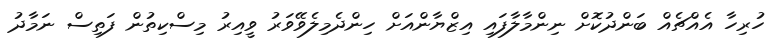
ހުރިހާ އެއްޗެއް ބަންދުކޮށް ނިންމާލާފައި އިޒްޔާންއަށް ހިންދެމިލެވޭވަރު ވީއިރު މިސްކިތުން ފަތިސް ނަމާދު